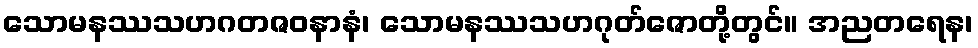
သောမနဿသဟဂတဇဝနာနံ၊ သောမနဿသဟဂုတ်ဇောတို့တွင်။ အညတရေန၊